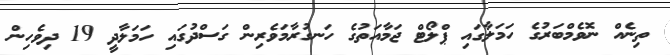
ތިނެއް ނޮވެމްބަރުގެ ހަމަލާގައި ޕްލޯޓް ޖަމާއަތުގެ ހަނގުރާމަވެރިން ގަސްދުގައި ހަމަލާދީ 19 ދިވެހިން